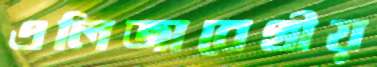
এলিজাবেথীয়